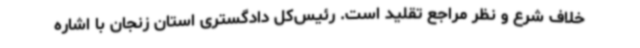
خلاف شرع و نظر مراجع تقلید است. رئیس‌کل دادگستری استان زنجان با اشاره